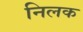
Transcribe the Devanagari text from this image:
निलक